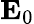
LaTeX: \mathbf{E}_{0}